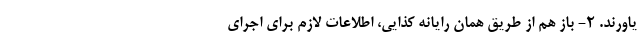
یاورند. 2- باز هم از طریق همان رایانه کذایی، اطلاعات لازم برای اجرای